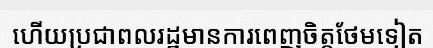
ហើយប្រជាពលរដ្ឋមានការពេញចិត្តថែមទៀត